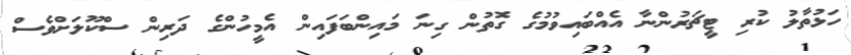
ހަޅުތާލު ކުރި ޓީޗަރުންނާ އެއްބައިވުމުގެ ގޮތުން ގިނަ މައިންބަފައިން އެމީހުންގެ ދަރިން ސްކޫލަށްވެސް